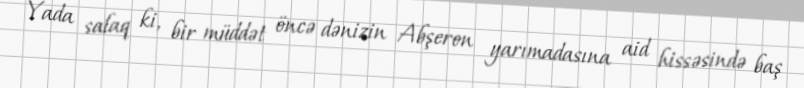
Yada salaq ki, bir müddət öncə dənizin Abşeron yarımadasına aid hissəsində baş